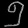
Digit: ၅